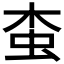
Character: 𧉓